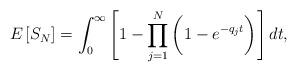
LaTeX: \begin{align*}E\left[S_N\right] = \int_0^{\infty} \left[1 - \prod_{j=1}^N \bigg(1 - e^{-q_j t}\bigg)\right] dt,\end{align*}